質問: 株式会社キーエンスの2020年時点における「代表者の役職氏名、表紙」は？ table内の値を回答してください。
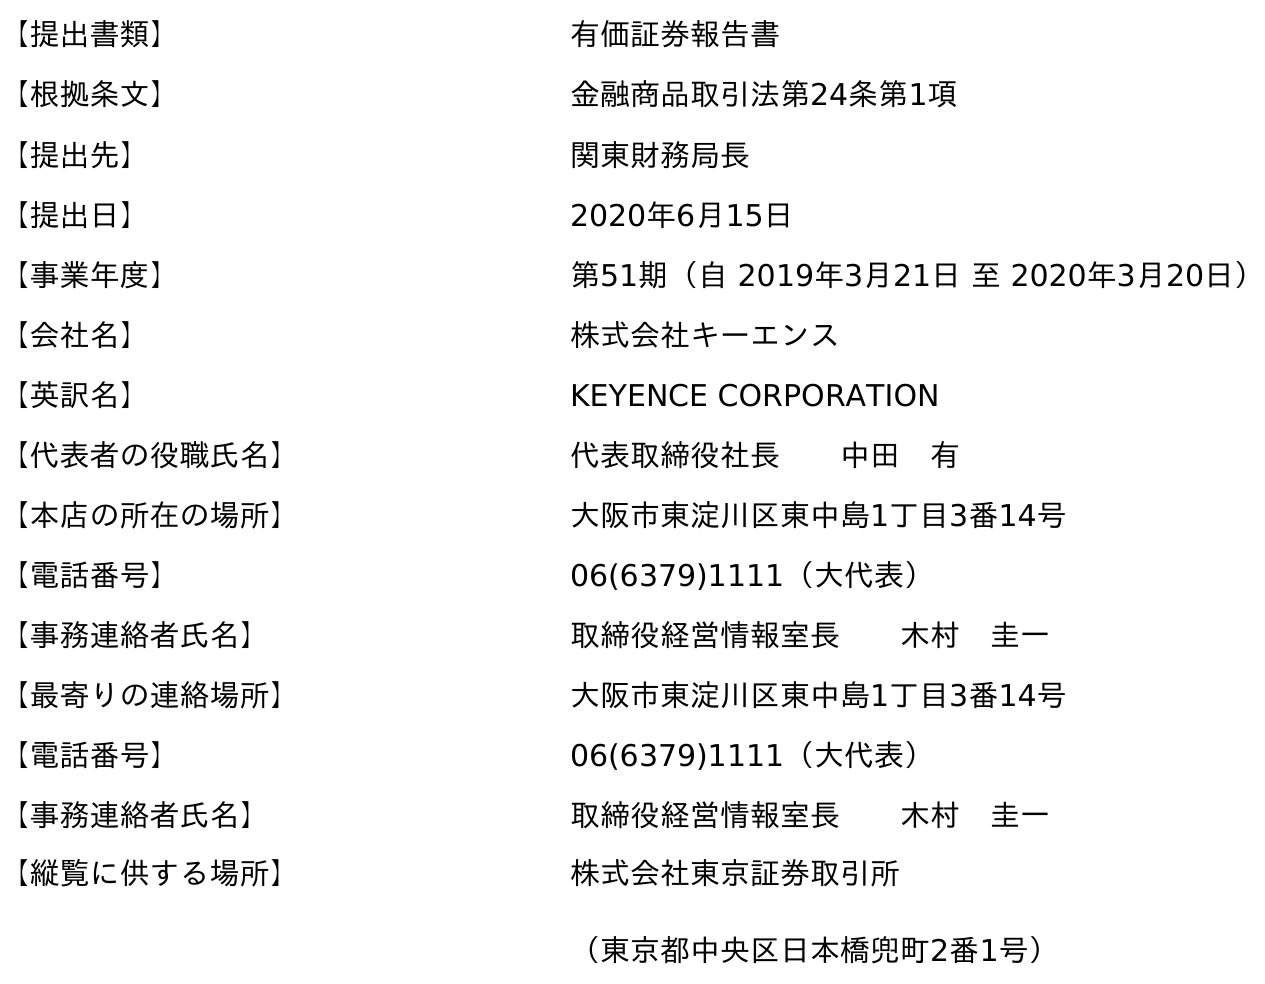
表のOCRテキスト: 【提出書類】 有価証券報告書 【根拠条文】 金融商品取引法第24条第1項 【提出先】 関東財務局長 【提出日】 2020年6月15日 【事業年度】 第51期（自 2019年3月21日 至 2020年3月20日） 【会社名】 株式会社キーエンス 【英訳名】 KEYENCE CORPORATION 【代表者の役職氏名】 代表取締役社長  中田 有 【本店の所在の場所】 大阪市東淀川区東中島1丁目3番14号 【電話番号】 06(6379)1111（大代表） 【事務連絡者氏名】 取締役経営情報室長  木村 圭一 【最寄りの連絡場所】 大阪市東淀川区東中島1丁目3番14号 【電話番号】 06(6379)1111（大代表） 【事務連絡者氏名】 取締役経営情報室長  木村 圭一 【縦覧に供する場所】 株式会社東京証券取引所 （東京都中央区日本橋兜町2番1号）
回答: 代表取締役社長中田　有